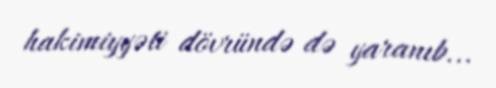
hakimiyyəti dövründə də yaranıb...